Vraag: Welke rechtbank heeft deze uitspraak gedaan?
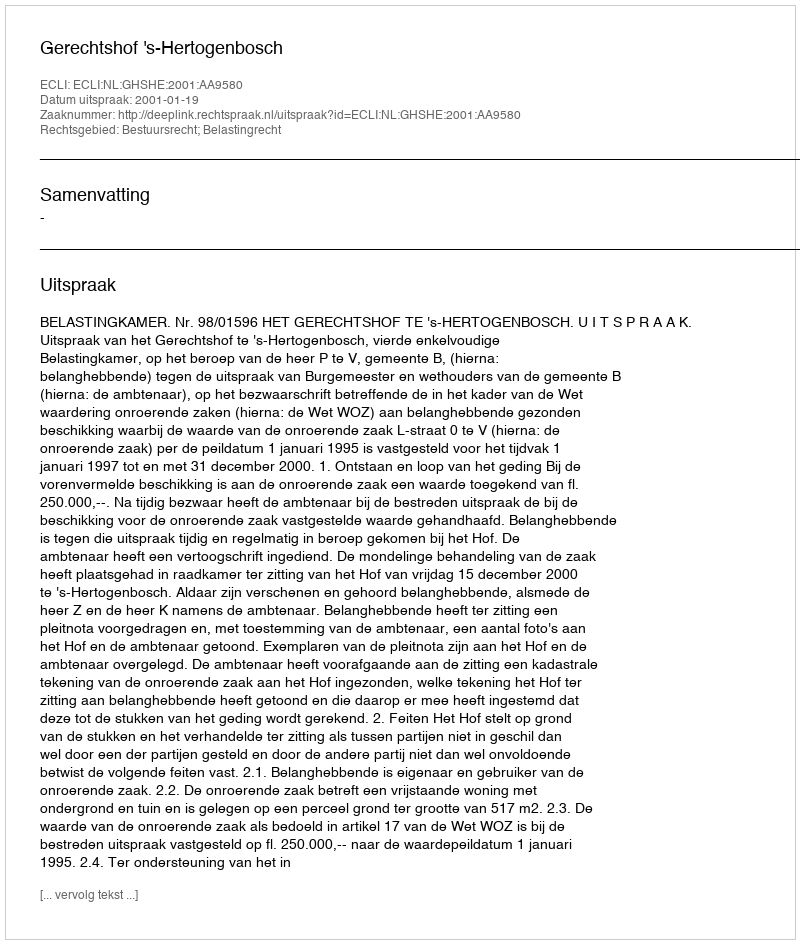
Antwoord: Gerechtshof 's-Hertogenbosch